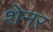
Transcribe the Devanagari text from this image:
शेनर